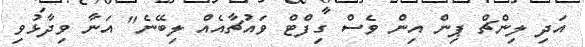
އަދި ލިންޗް ޕިން އިން ވެސް ގިފްޓް ވައުޗާއެއް ލިބޭނެ" އަނާ ވިދާޅުވި